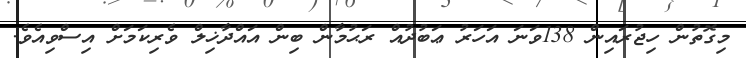
މިގޮތުން ހިޖުރައިން 138ވަނަ އަހަރު ޢަބުދުއް ރަޙުމާން ބިން އައްދާޚިލް ވެރިކަމަށް އިސްވިއެވެ.